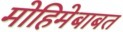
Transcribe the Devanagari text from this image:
मोहिमेबाबत